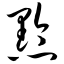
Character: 黔